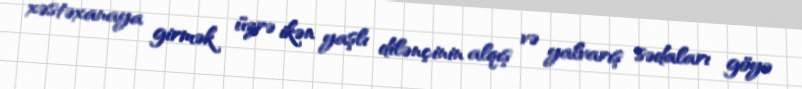
xəstəxanaya girmək üzrə ikən yaşlı dilənçinin alqış və yalvarış sədaları göyə